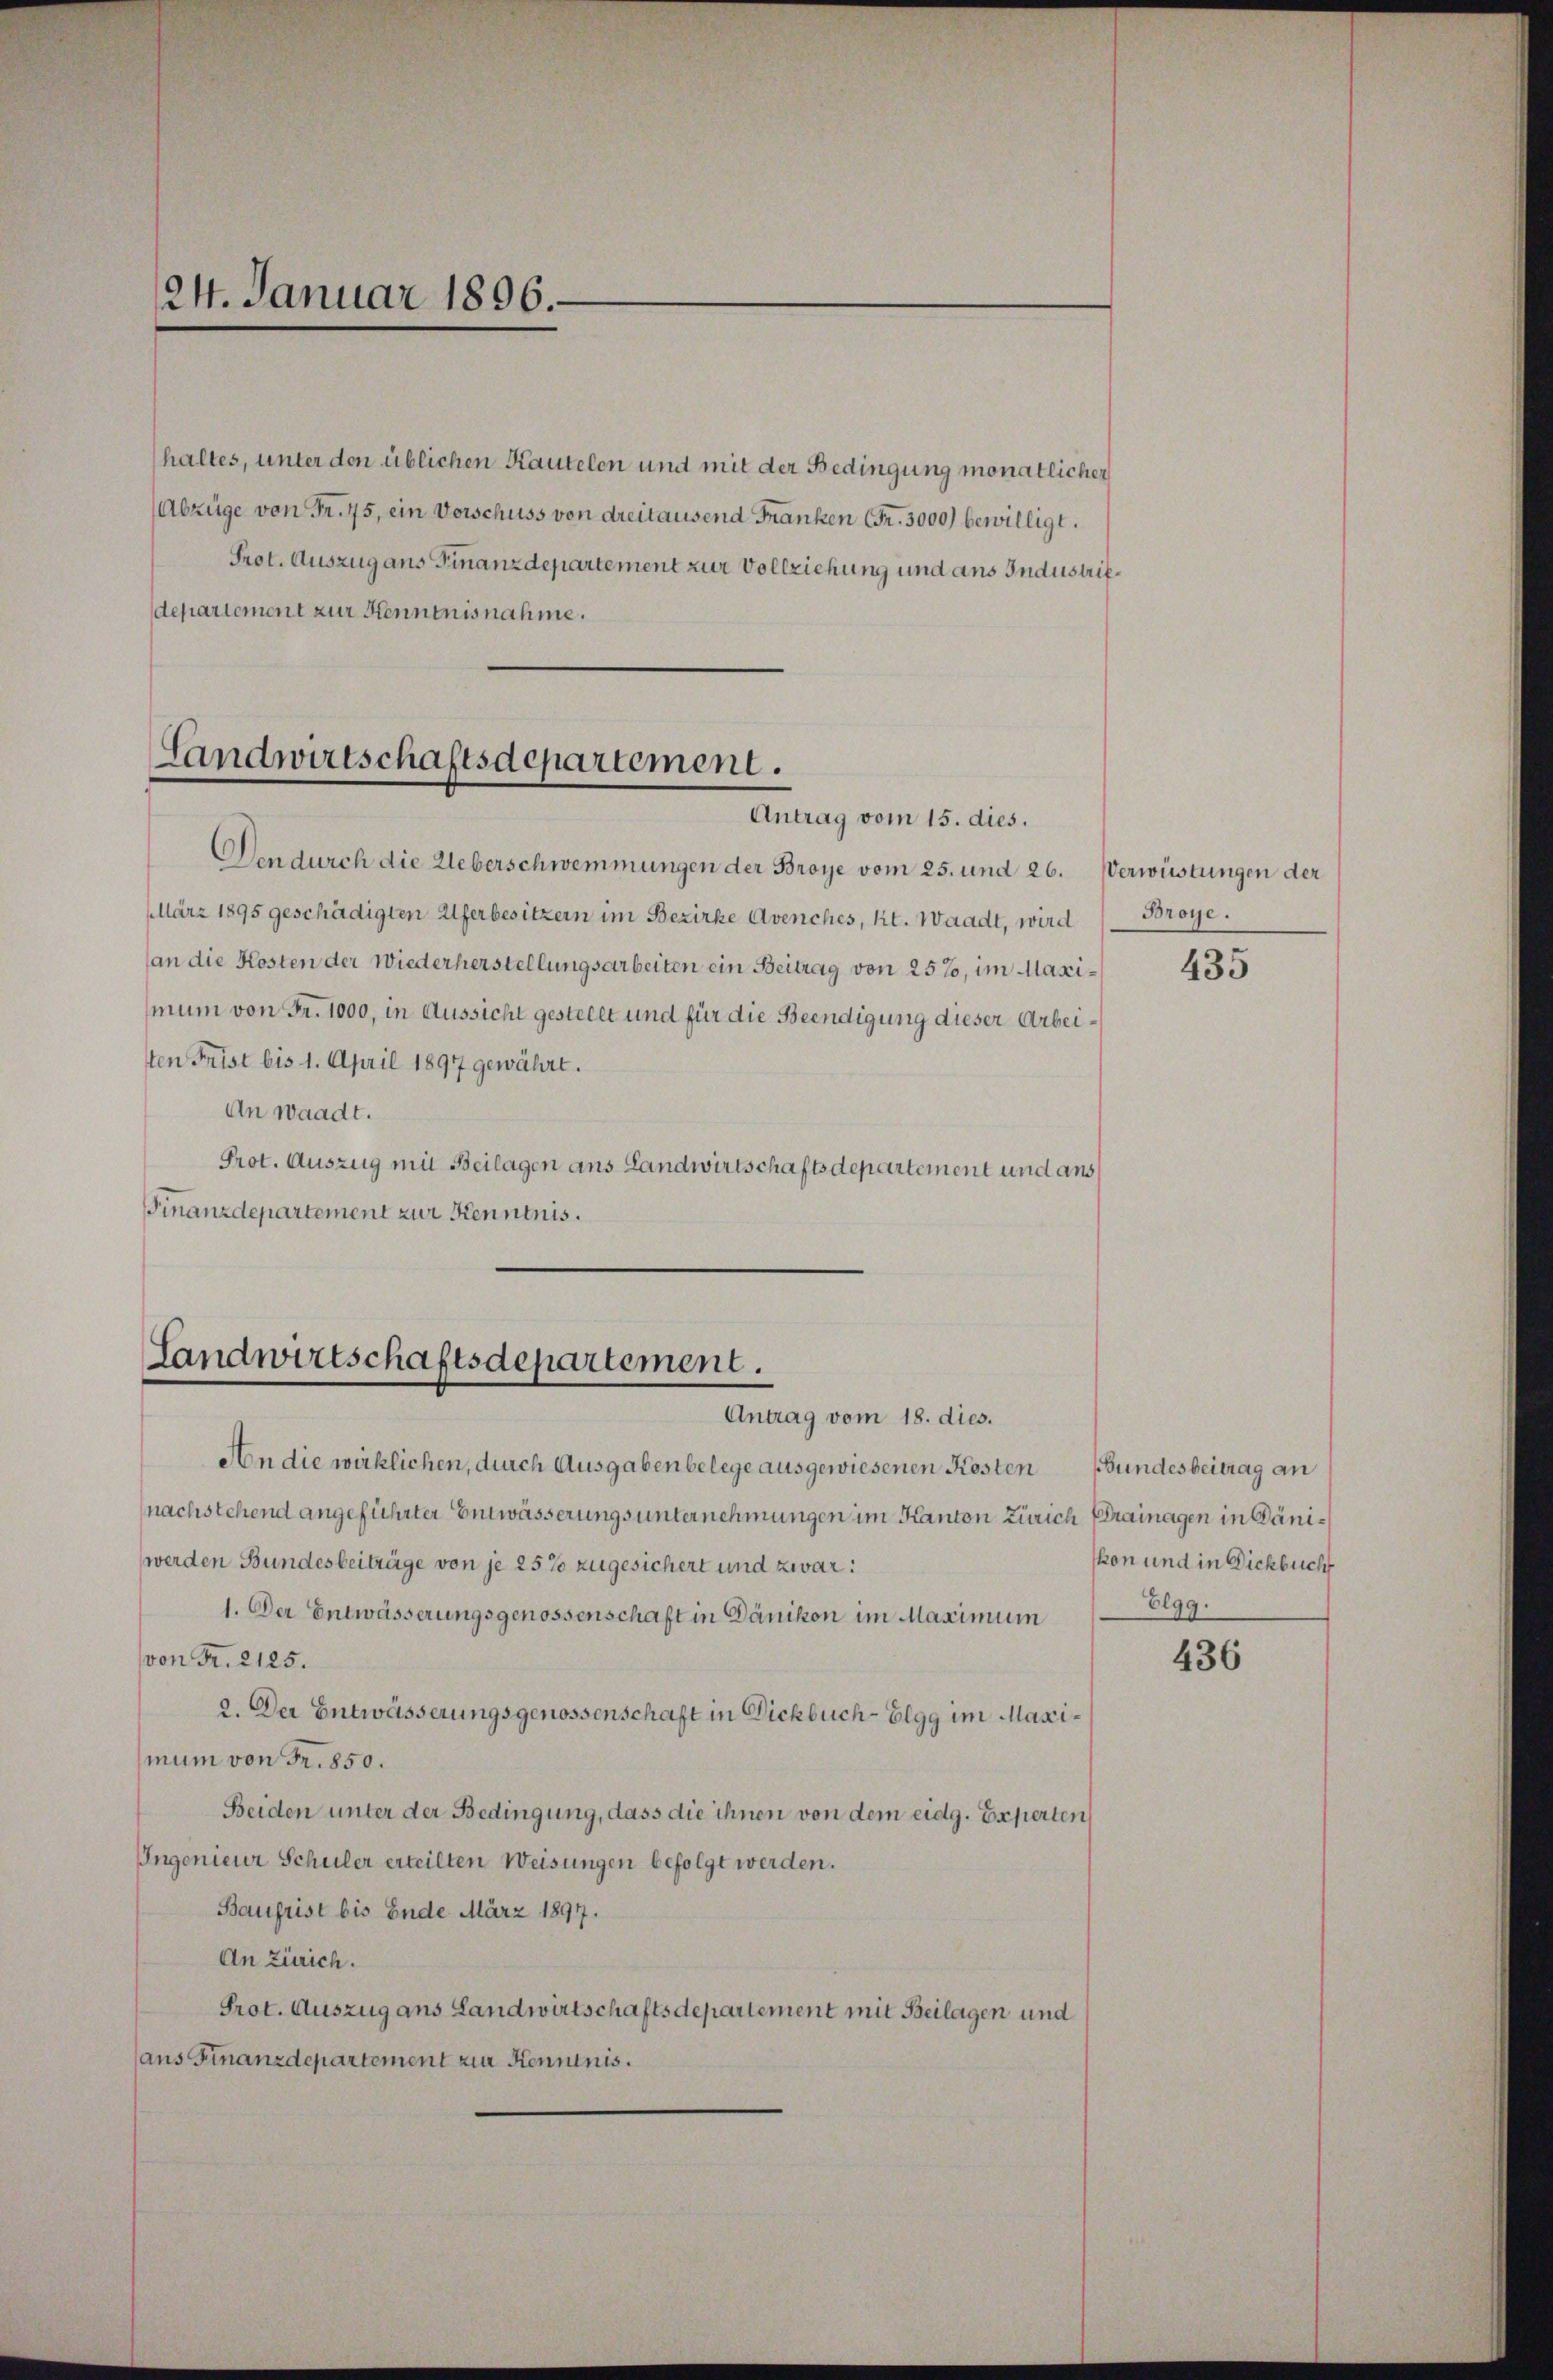
124. Januar 1896.

haltes, unter den üblichen Kautelen und mit der Bedingung monatlicher
Abzüge von Fr. 75, ein Vorschuss von dreitausend Franken (Fr. 3000) bewilligt.
Prot. Auszug aus Finanzdepartement zur Vollziehung und aus Industrifdepartement zur Kenntnisnahme.

Landwirtschaftsdepartement.
Antrag vom 15. dies.

Den durch die Ueberschwemmungen der Broye vom 25. und 26. Verwüstungen der
März 1895 geschädigten Uferbesitzern im Bezirke Avenches, Kt. Waadt, wird
an die Kosten der Wiederherstellungsarbeiten ein Beitrag von 25%, im Maximum von Fr. 1000, in Aussicht gestellt und für die Beendigung dieser Arbeisten Frist bis 1. April 1897 gewährt.
An waadt.
Prot. Auszug mit Beilagen aus Landwirtschaftsdepartement und aus
Finanzdepartement zur Kenntnis.

Landwirtschaftsdepartement.
Antrag vom 18. dies.

An die wirklichen, durch Ausgaben belege ausgewiesenen Kosten Bundesbeitrag an
(nachstehend angeführter Entwässerungs unternehmungen im Kanton Zürich Drainagen in Däniwerden Bundesbeiträge von je 25% zugesichert und zwar:
1. Der Entwässerungsgenossenschaft in Dänikon im Maximum
von Fr. 2125.
2. Der Entwässerungsgenossenschaft in Dickbuch-Elgg im Maximum von Fr. 850.
Beiden unter der Bedingung, dass die ihnen von dem eidg. Experten
Ingenieur Schuler erteilten Weisungen befolgt werden.
Baufrist bis Ende März 1897.
An Zürich.
Prot. Auszug ans Landwirtschaftsdepartement mit Beilagen und
aus Finanzdepartement zur Kenntnis.

Broye.

435

kon und in Dickbuch
Elgg.

436